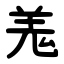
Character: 羗